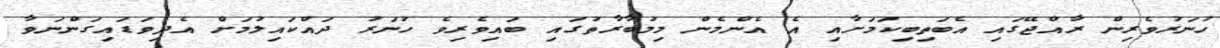
ހުނަރުވެރިން ރާއްޖޭގައި އެބަތިބިކަމަށާއި އެ އެންމެން މިމުބާރާތުގައި ބައިވެރިވެ ހުނަރު ދައްކައިލުމަށް އެދިވަޑައިގަންނަވާ